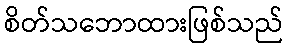
စိတ်သဘောထားဖြစ်သည်